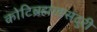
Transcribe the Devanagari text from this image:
कोटिब्रह्माडसंदुरी